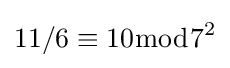
11/6\equiv 10{\bmod {7}}^{2}